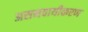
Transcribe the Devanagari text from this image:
असमवायीकरण